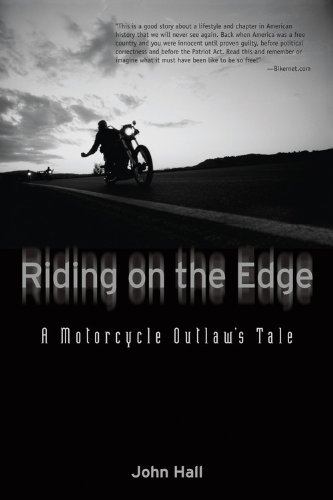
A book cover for Riding on the Edge: A Motorcycle Outlaw's Tale; John Hall; Biographies & Memoirs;